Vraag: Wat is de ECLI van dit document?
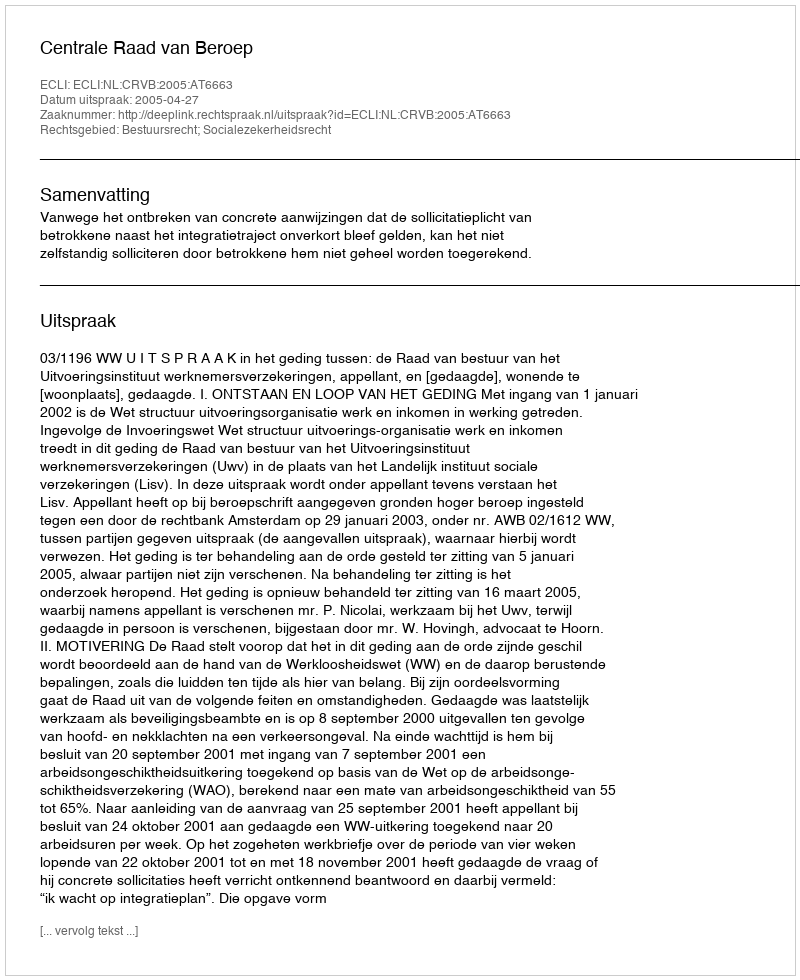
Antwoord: ECLI:NL:CRVB:2005:AT6663